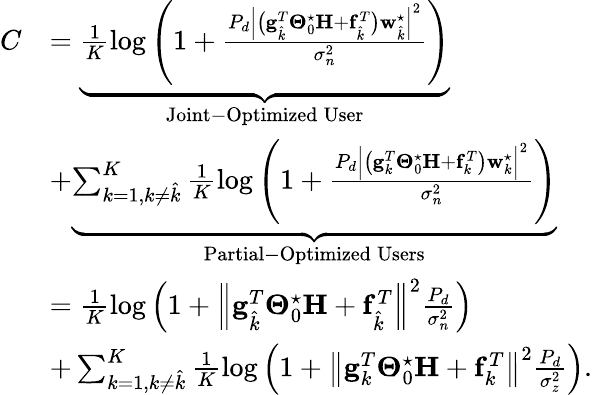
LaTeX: \begin{array}{rl}{C}&{=\underbrace{\frac{1}{K}\log\left(1+\frac{P_{d}\Bigl|\bigl(\mathbf{g}_{\hat{k}}^{T}\boldsymbol{\Theta}_{0}^{\star}\mathbf{H}+\mathbf{f}_{\hat{k}}^{T}\bigr)\mathbf{w}_{\hat{k}}^{\star}\Bigr|^{2}}{\sigma_{n}^{2}}\right)}_{\mathrm{Joint-Optimized\: User}}}\\ &{+\underbrace{\sum_{k=1,k\neq\hat{k}}^{K}\frac{1}{K}\log\left(1+\frac{P_{d}\Bigl|\bigl(\mathbf{g}_{k}^{T}\boldsymbol{\Theta}_{0}^{\star}\mathbf{H}+\mathbf{f}_{k}^{T}\bigr)\mathbf{w}_{k}^{\star}\Bigr|^{2}}{\sigma_{n}^{2}}\right)}_{\mathrm{Partial-Optimized\: Users}}}\\ &{=\frac{1}{K}\log\left(1+\Bigl\| \mathbf{g}_{\hat{k}}^{T}\boldsymbol{\Theta}_{0}^{\star}\mathbf{H}+\mathbf{f}_{\hat{k}}^{T}\Bigr\| ^{2}\frac{P_{d}}{\sigma_{n}^{2}}\right)}\\ &{+\sum_{k=1,k\neq\hat{k}}^{K}\frac{1}{K}\log\left(1+\bigl\| \mathbf{g}_{k}^{T}\boldsymbol{\Theta}_{0}^{\star}\mathbf{H}+\mathbf{f}_{k}^{T}\bigr\| ^{2}\frac{P_{d}}{\sigma_{z}^{2}}\right).}\end{array}